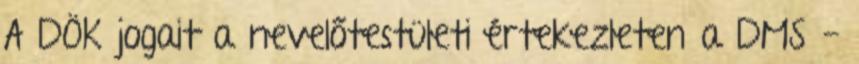
A DÖK jogait a nevelőtestületi értekezleten a DMS -